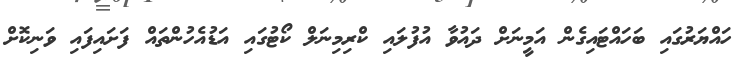
ހައްޔަރުގައި ބަހައްޓައިގެން އަމީނަށް ދައުވާ އުފުލައި ކްރިމިނަލް ކޯޓުގައި އަޑުއެހުންތައް ފަށައިފައި ވަނިކޮށް